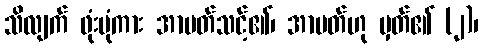
သိလျက် ဖုံးပုံကား အာပတ်သင့်၏၊ အာပတ်ဟု မှတ်၏ (၂)၊